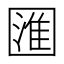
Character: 𭍰